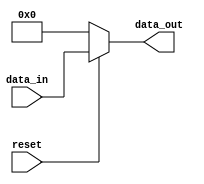
//8 BIT BUS

module eight_bit_bus(input [3:0] data_in,
						   input reset,
							output reg [3:0] data_out);
								

	always@ (*) begin
	
		data_out = 8'b00;
		
		if (!reset) //ACTIVE LOW RESET
			data_out = 8'b00;
		
		else
			data_out = data_in;
	end
endmodule